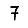
Digit: 7